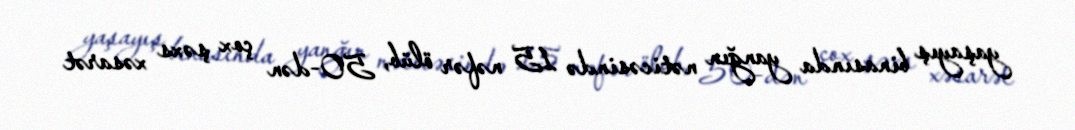
yaşayış binasında yanğın nəticəsində 15 nəfər ölüb, 50-dən çox şəxs xəsarət